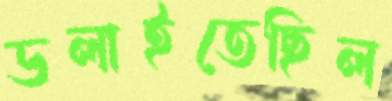
ডলাইতেছিল